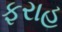
ફરાહ